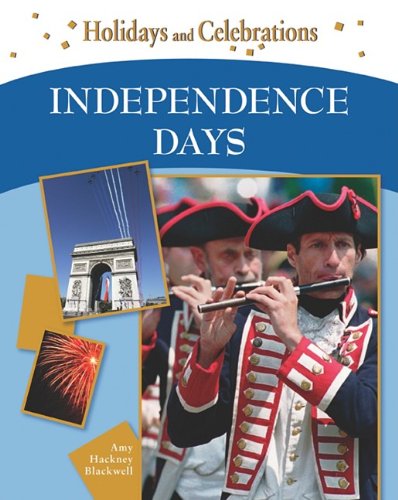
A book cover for Independence Days (Holidays and Celebrations); Amy Hackney Blackwell; Children's Books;